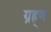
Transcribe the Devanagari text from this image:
ग्रह्र्ण